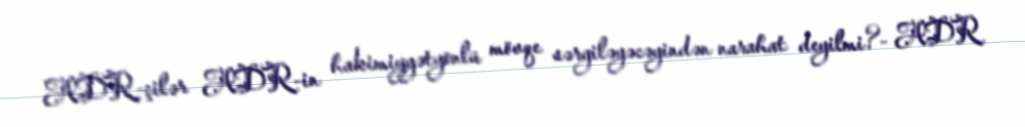
ADR-çilər ADR-in hakimiyyətyönlü mövqe sərgiləyəcəyindən narahat deyilmi?- ADR